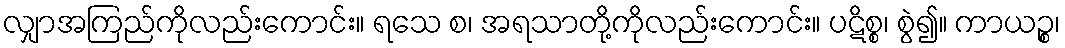
လျှာအကြည်ကိုလည်းကောင်း။ ရသေ စ၊ အရသာတို့ကိုလည်းကောင်း။ ပဋိစ္စ၊ စွဲ၍။ ကာယဉ္စ၊